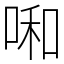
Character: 啝